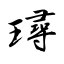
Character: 璕